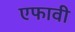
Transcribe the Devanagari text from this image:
एफावी